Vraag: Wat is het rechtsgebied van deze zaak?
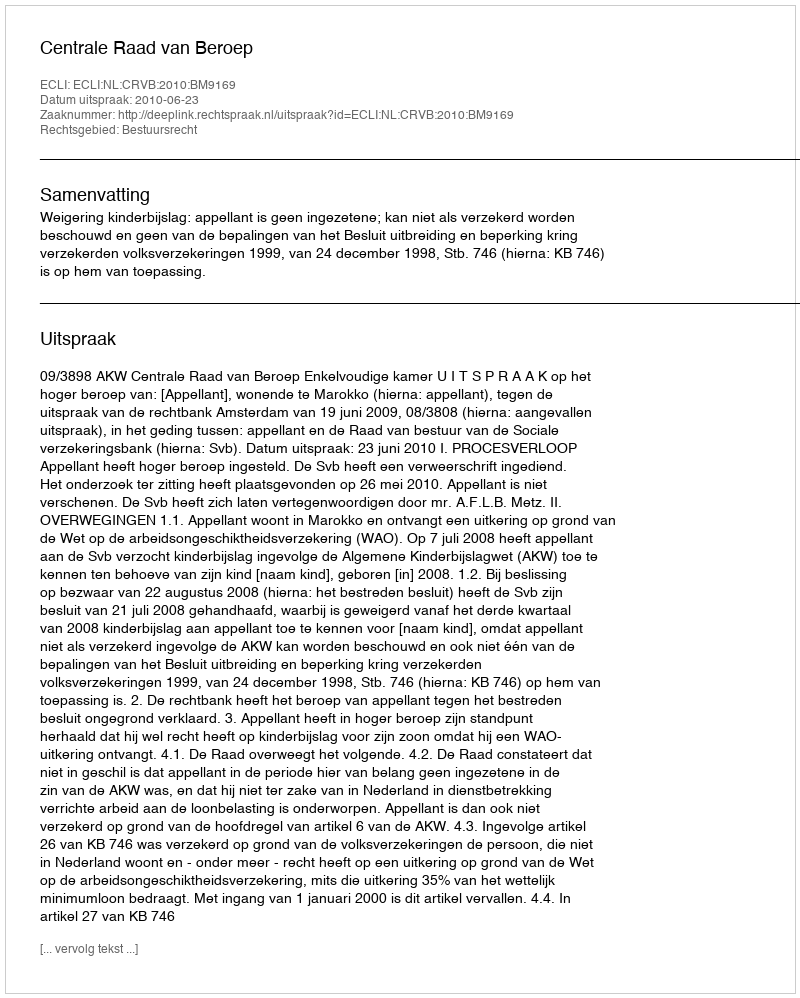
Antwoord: Bestuursrecht